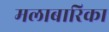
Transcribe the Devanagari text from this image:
मलाबारिका